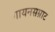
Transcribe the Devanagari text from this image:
गायनसम्राट